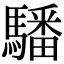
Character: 䮳